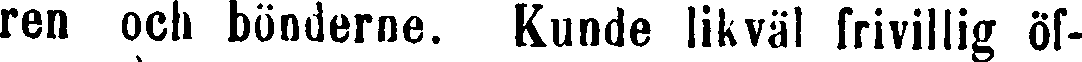
ren och bönderne. Kunde likväl frivillig Öf-